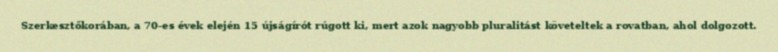
Szerkesztőkorában, a 70-es évek elején 15 újságírót rúgott ki, mert azok nagyobb pluralitást követeltek a rovatban, ahol dolgozott.